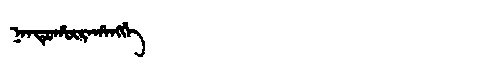
Manchu: ᠨᠠᠨᡨᡠᡥᡡᡵᠠᡥᠠᠩᡤᡝ
Romanization: NANTUHŪRAHANGGE